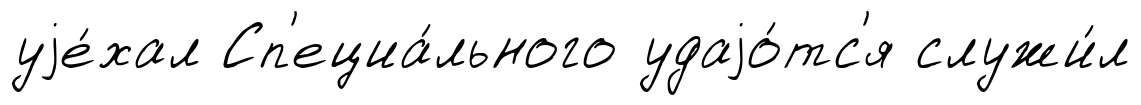
уjе́хал Сп'ециа́льного удаjо́тс'я служи́л